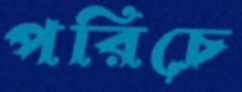
পরিচে